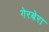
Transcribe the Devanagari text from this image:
गेरबेरा